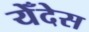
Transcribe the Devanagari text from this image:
येँदेस